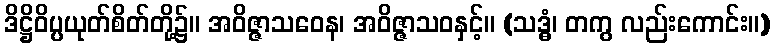
ဒိဋ္ဌိဝိပ္ပယုတ်စိတ်တို့၌။ အဝိဇ္ဇာသဝေန၊ အဝိဇ္ဇာသဝနှင့်။ (သဒ္ဓံ၊ တကွ လည်းကောင်း။)